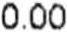
0.00